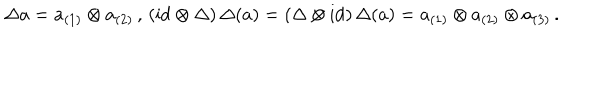
\Delta a = a _ { ( 1 ) } \otimes a _ { ( 2 ) } \, , \, ( \mathrm { i d } \otimes \Delta ) \, \Delta ( a ) = ( \Delta \otimes \mathrm { i d } ) \, \Delta ( a ) = a _ { ( 1 ) } \otimes a _ { ( 2 ) } \otimes a _ { ( 3 ) } \, .